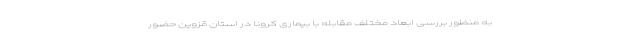
به منظور بررسی ابعاد مختلف مقابله با بیماری کرونا در استان قزوین حضور